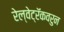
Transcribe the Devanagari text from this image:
रेल्वेट्रॅकवरुन